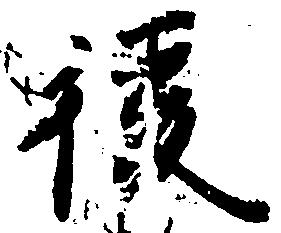
後